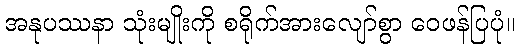
အနုပဿနာ သုံးမျိုးကို စရိုက်အားလျော်စွာ ဝေဖန်ပြပုံ။